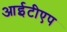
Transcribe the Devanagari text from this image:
आईटीएप